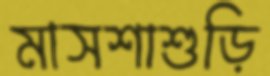
মাসশাশুড়ি